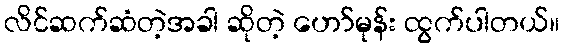
လိင်ဆက်ဆံတဲ့အခါ ဆိုတဲ့ ဟော်မုန်း ထွက်ပါတယ်။